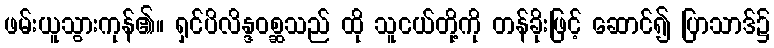
ဖမ်းယူသွားကုန်၏။ ရှင်ပိလိန္ဒဝစ္ဆသည် ထို သူငယ်တို့ကို တန်ခိုးဖြင့် ဆောင်၍ ပြာသာဒ်၌